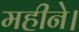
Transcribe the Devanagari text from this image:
महीने।